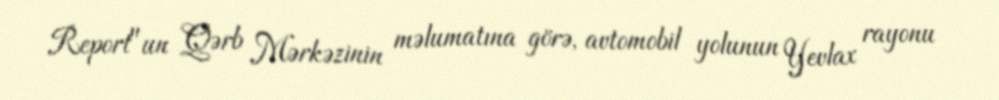
Report"un Qərb Mərkəzinin məlumatına görə, avtomobil yolunun Yevlax rayonu